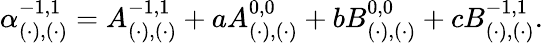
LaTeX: \alpha_{(\cdot),(\cdot)}^{-1,1}=A_{(\cdot),(\cdot)}^{-1,1}+aA_{(\cdot),(\cdot)}^{0,0}+bB_{(\cdot),(\cdot)}^{0,0}+cB_{(\cdot),(\cdot)}^{-1,1}.